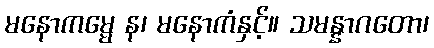
မနောကမ္မေ န၊ မနောကံနှင့်။ သမန္နာဂတော၊